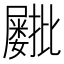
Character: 𫵫